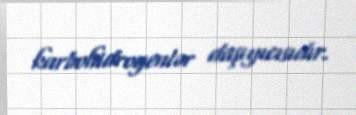
karbohidrogenlər daşıyıcısıdır.